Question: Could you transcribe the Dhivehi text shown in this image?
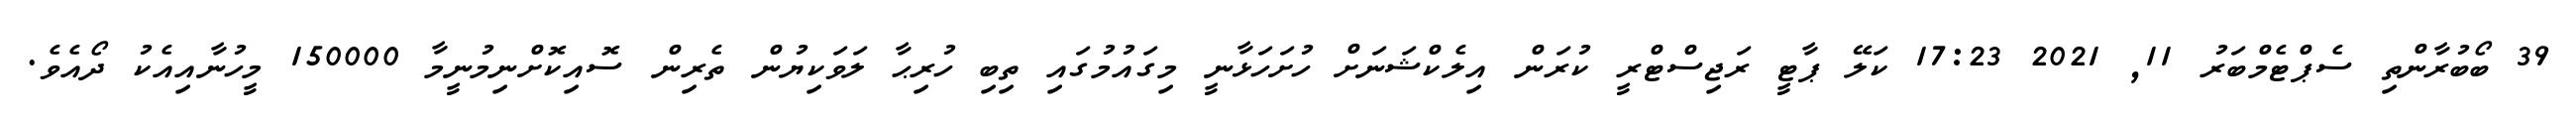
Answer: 39 ބޯބުރާންތި ސެޕްޓެމްބަރު 11, 2021 17:23 ކަލޭ ޕާޓީ ރަޖިސްޓްރީ ކުރަން އިލެކްޝަނަށް ހުށަހަޅާނީ މިގައުމުގައި ތިބި ހުރިޙާ ލަވަކިޔުން ތެރިން ސޮއިކޮށްނިމުނީމާ 150000 މީހުނާއިއެކު ދޯއެވެ.